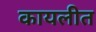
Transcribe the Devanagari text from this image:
कायलीत